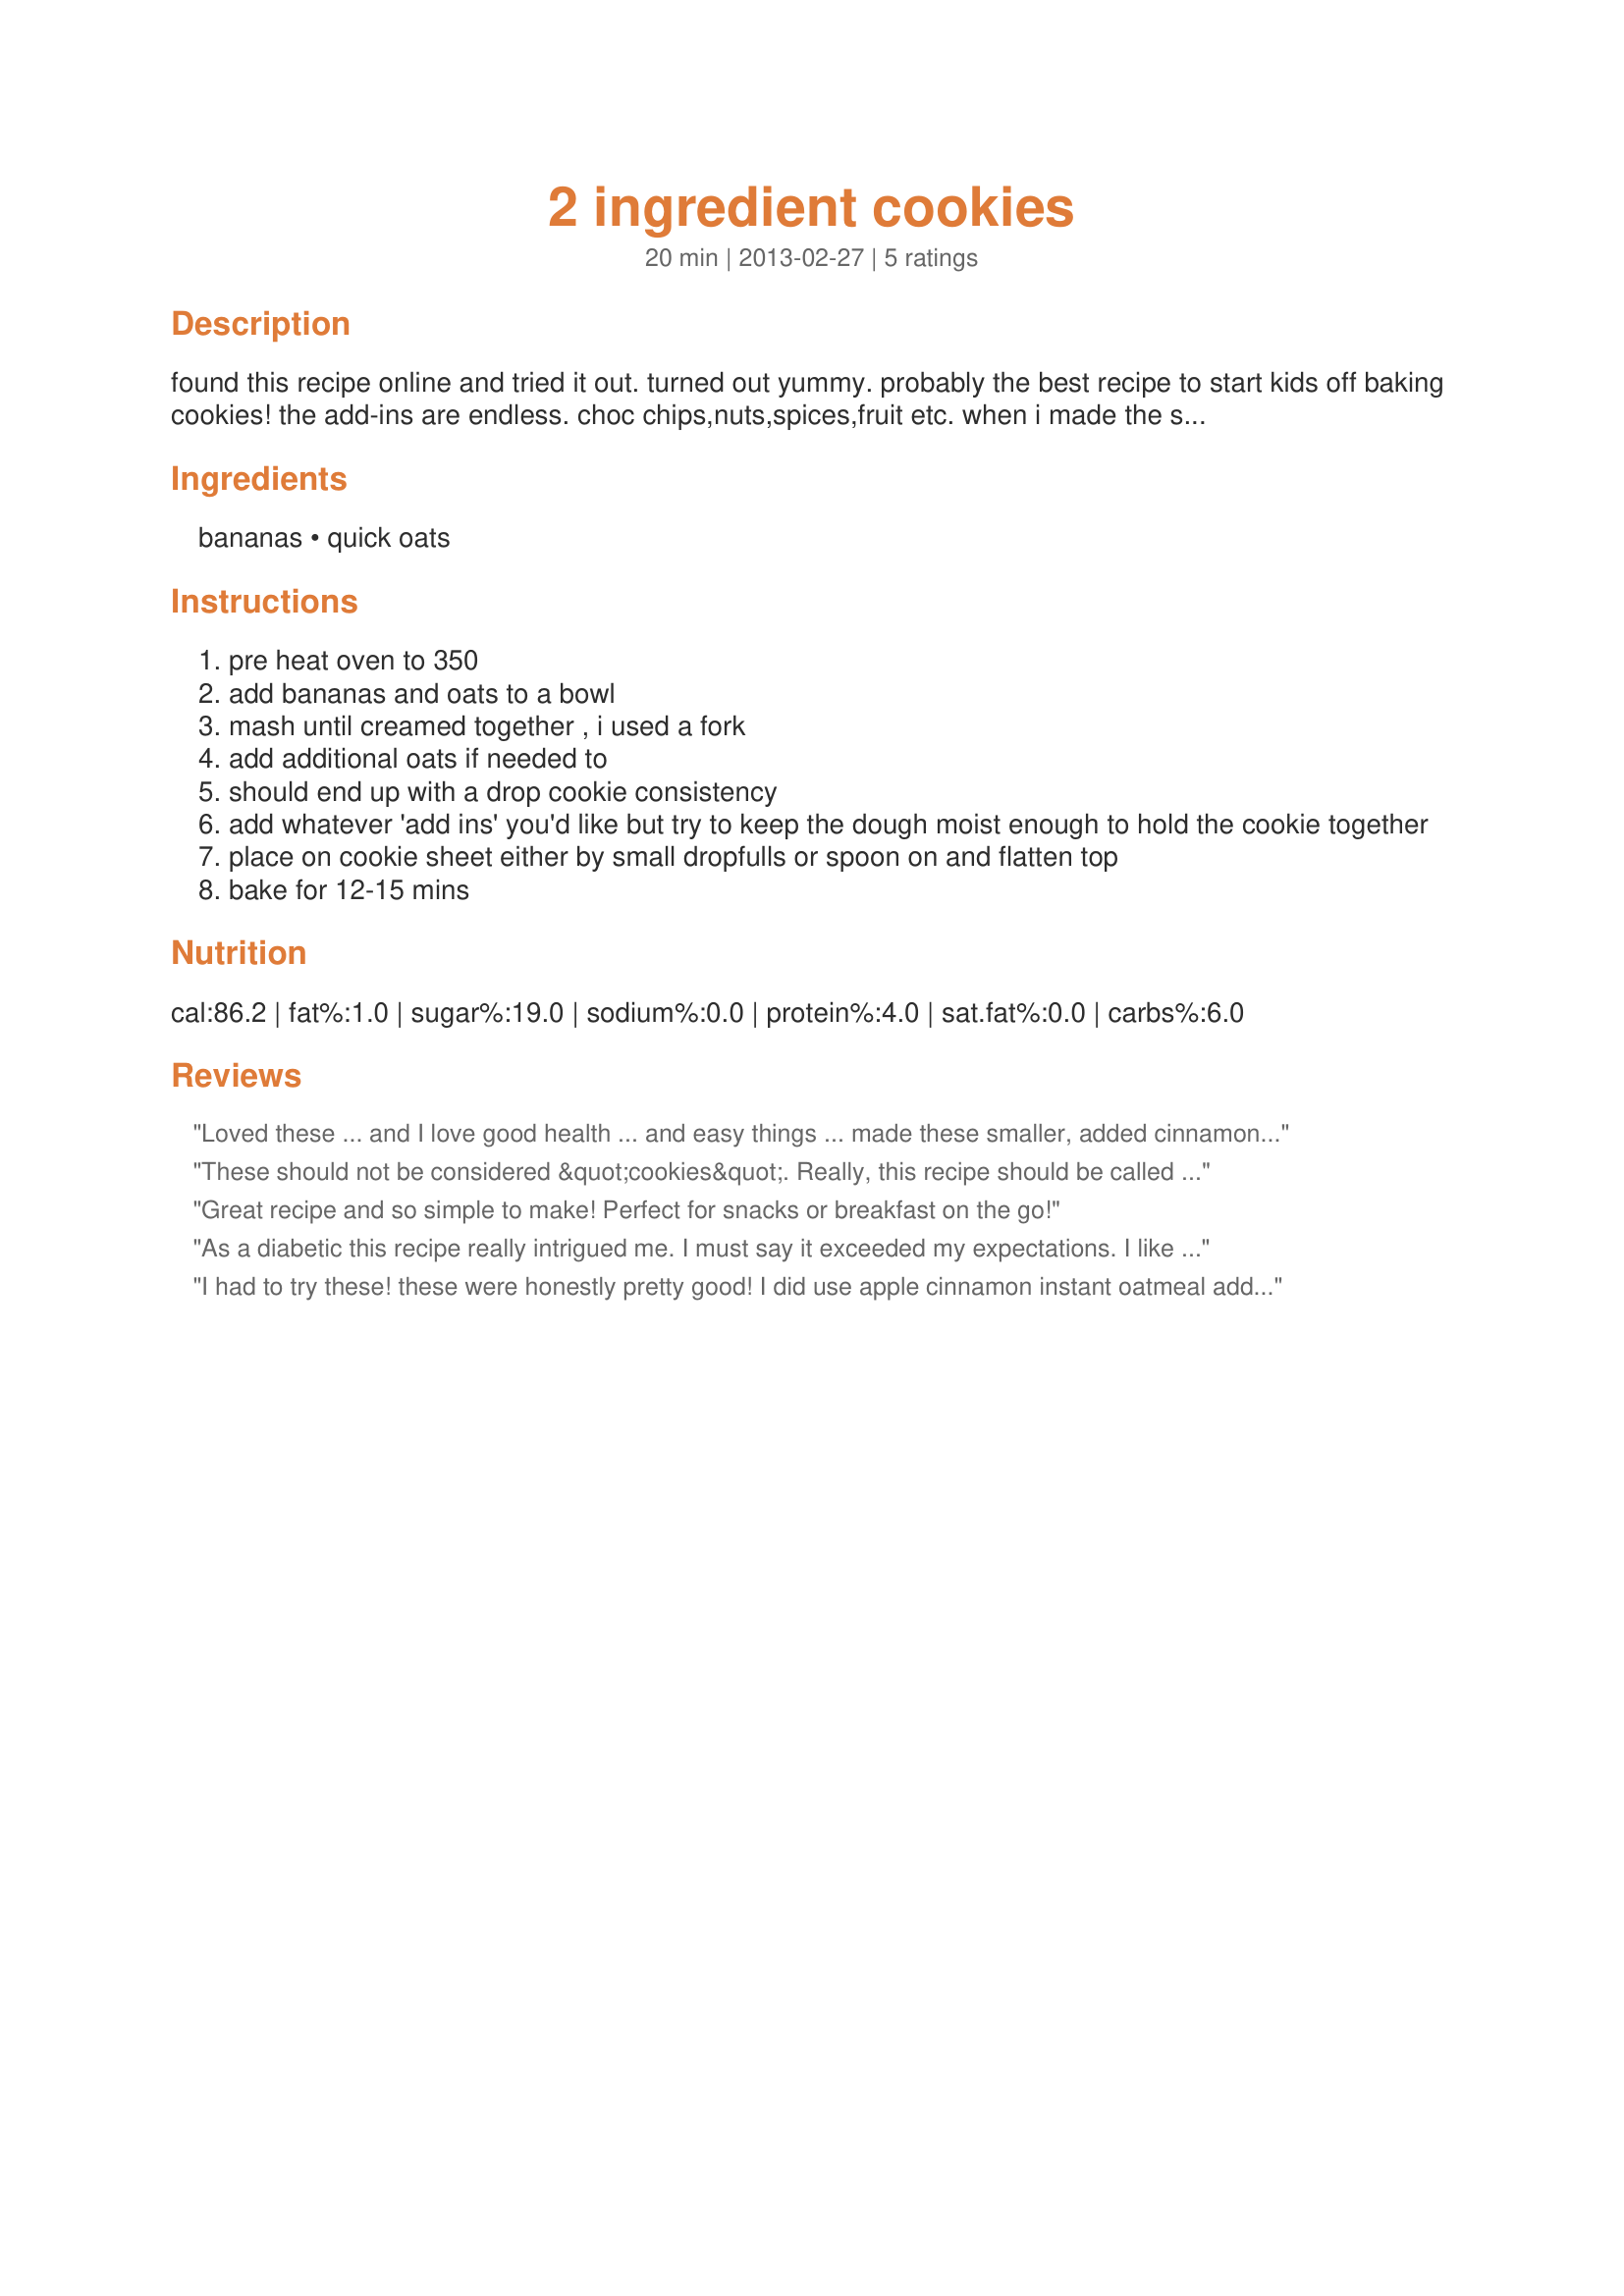
2 ingredient cookies
Preparation time: 20 minutes

found this recipe online and tried it out. turned out yummy. probably the best recipe to start kids off baking cookies! the add-ins are endless. choc chips,nuts,spices,fruit etc. when i made the second batch of these, i added vanilla extract and choc chips, turned out great. no secret to these... when you get a nice cookie dough consistency...it's time to bake. the smaller you make them, the less time they will take...and will determine how much you get out of a batch.

Ingredients:
bananas, quick oats

Steps:
pre heat oven to 350
add bananas and oats to a bowl
mash until creamed together , i used a fork
add additional oats if needed to
should end up with a drop cookie consistency
add whatever 'add ins' you'd like but try to keep the dough moist enough to hold the cookie together
place on cookie sheet either by small dropfulls or spoon on and flatten top
bake for 12-15 mins

Reviews:
Loved these ... and I love good health ... and easy things ... made these smaller, added cinnamon. Made in my toaster oven. Deliciously easy and plain.
These should not be considered &quot;cookies&quot;. Really, this recipe should be called &quot;build your own energy bar/snack recipe&quot;. I&#039;ll make this again, but probably as a bar, and with more add ins. As-is, it&#039;s very gummy, and a little bland...and I added peanut butter and sugar on top! It&#039;s all good as long as you&#039;re not expecting this to be a cookie or a dessert. Still, it was easy and fine for my tastes.
Great recipe and so simple to make! Perfect for snacks or breakfast on the go!
As a diabetic this recipe really intrigued me. I must say it exceeded my expectations. I like my cookies a little sweeter, so I will add a little Splenda or (pure/organic) honey to sweeten them up. &lt;br/&gt;&lt;br/&gt;I give them 4.5 stars, but the real test will come when my grandkids try them.
I had to try these! these were honestly pretty good! I did use apple cinnamon instant oatmeal added some chopped pecans. for only having two ingredients these defiantly helped my craving for a cookie...lol without the guilt! I will make these again!
